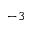
^ { - 3 }